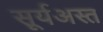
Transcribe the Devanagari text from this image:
सूर्यअस्त